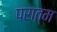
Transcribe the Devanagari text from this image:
परात्म